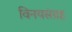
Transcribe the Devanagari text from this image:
विनयसंग्रह